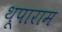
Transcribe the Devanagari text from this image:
थूपाराम